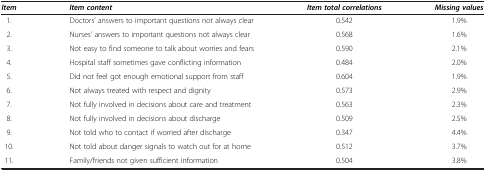
<table><thead><tr><td><b><i>Item</i></b></td><td><b><i>Item content</i></b></td><td><b><i>Item total correlations</i></b></td><td><b><i>Missing values</i></b></td></tr></thead><tbody><tr><td>1.</td><td>Doctors’ answers to important questions not always clear</td><td>0.542</td><td>1.9%</td></tr><tr><td>2.</td><td>Nurses’ answers to important questions not always clear</td><td>0.568</td><td>1.6%</td></tr><tr><td>3.</td><td>Not easy to find someone to talk about worries and fears</td><td>0.590</td><td>2.1%</td></tr><tr><td>4.</td><td>Hospital staff sometimes gave conflicting information</td><td>0.484</td><td>2.0%</td></tr><tr><td>5.</td><td>Did not feel got enough emotional support from staff</td><td>0.604</td><td>1.9%</td></tr><tr><td>6.</td><td>Not always treated with respect and dignity</td><td>0.573</td><td>2.9%</td></tr><tr><td>7.</td><td>Not fully involved in decisions about care and treatment</td><td>0.563</td><td>2.3%</td></tr><tr><td>8.</td><td>Not fully involved in decisions about discharge</td><td>0.509</td><td>2.5%</td></tr><tr><td>9.</td><td>Not told who to contact if worried after discharge</td><td>0.347</td><td>4.4%</td></tr><tr><td>10.</td><td>Not told about danger signals to watch out for at home</td><td>0.512</td><td>3.7%</td></tr><tr><td>11.</td><td>Family/friends not given sufficient information</td><td>0.504</td><td>3.8%</td></tr></tbody></table>